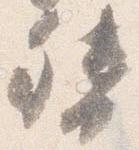
督